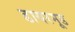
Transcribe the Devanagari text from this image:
डायरमूड